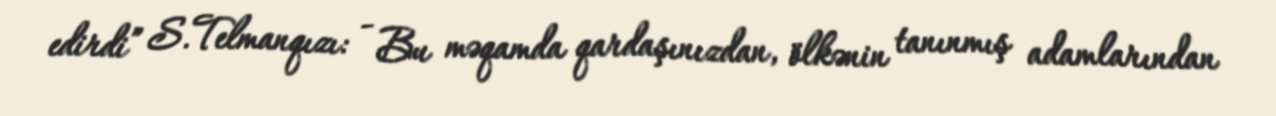
edirdi” S.Telmanqızı: - Bu məqamda qardaşınızdan, ölkənin tanınmış adamlarından